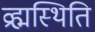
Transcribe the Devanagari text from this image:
व्रह्मस्थिति